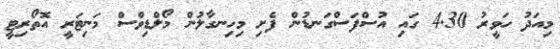
މިއަދު ހަވީރު 4.30 ގައި އުސްފަސްގަނޑުން ފެށި މިހިނގާލުން މޯލްޑިވްސް މަނިޓަރީ އޮތޯރިޓީ